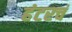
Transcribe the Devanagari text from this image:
हंटरचं